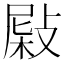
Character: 𢾂